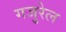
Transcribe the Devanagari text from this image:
गजुरेल